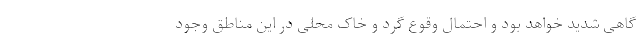
گاهی شدید خواهد بود و احتمال وقوع گرد و خاک محلی در این مناطق وجود